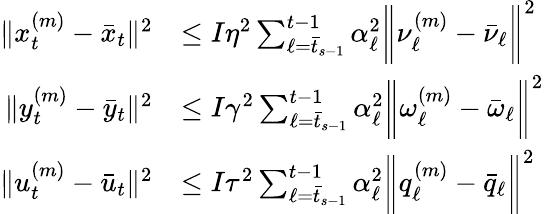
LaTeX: \begin{array}{rl}{\| x_{t}^{(m)}-\bar{x}_{t}\| ^{2}}&{\leq I\eta^{2}\sum_{\ell=\bar{t}_{s-1}}^{t-1}\alpha_{\ell}^{2}\bigg\| \nu_{\ell}^{(m)}-\bar{\nu}_{\ell}\bigg\| ^{2}}\\ {\| y_{t}^{(m)}-\bar{y}_{t}\| ^{2}}&{\leq I\gamma^{2}\sum_{\ell=\bar{t}_{s-1}}^{t-1}\alpha_{\ell}^{2}\bigg\| \omega_{\ell}^{(m)}-\bar{\omega}_{\ell}\bigg\| ^{2}}\\ {\| u_{t}^{(m)}-\bar{u}_{t}\| ^{2}}&{\leq I\tau^{2}\sum_{\ell=\bar{t}_{s-1}}^{t-1}\alpha_{\ell}^{2}\bigg\| q_{\ell}^{(m)}-\bar{q}_{\ell}\bigg\| ^{2}}\end{array}